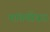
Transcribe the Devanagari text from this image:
मांगणीयर।